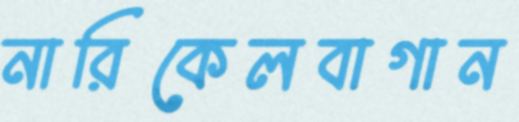
নারিকেলবাগান